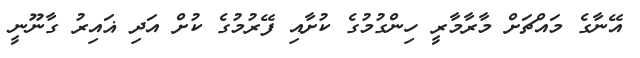
އޭނާގެ މައްޗަށް މާރާމާރީ ހިންގުމުގެ ކުށާއި ފޭރުމުގެ ކުށް އަދި ޣައިރު ގާނޫނީ